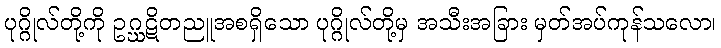
ပုဂ္ဂိုလ်တို့ကို ဥဂ္ဃဋိတညူအစရှိသော ပုဂ္ဂိုလ်တို့မှ အသီးအခြား မှတ်အပ်ကုန်သလော၊